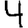
Digit: 4